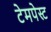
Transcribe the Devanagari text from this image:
टेमपेस्ट